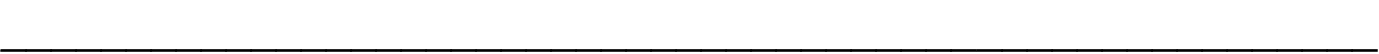
_______________________________________________________